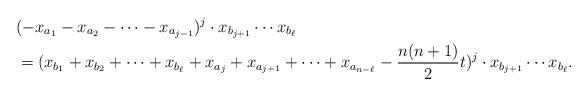
LaTeX: \begin{align*} &(-x_{a_1}-x_{a_2}-\dots-x_{a_{j-1}})^j\cdot x_{b_{j+1}}\cdots x_{b_{\ell}} \\ &=(x_{b_1}+x_{b_2}+\dots+x_{b_{\ell}}+x_{a_j}+x_{a_{j+1}}+\dots+x_{a_{n-\ell}}-\frac{n(n+1)}{2}t)^j\cdot x_{b_{j+1}}\cdots x_{b_{\ell}}. \end{align*}